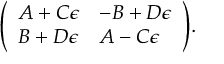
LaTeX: { \left( \begin{array} { l l } { A + C \epsilon } & { - B + D \epsilon } \\ { B + D \epsilon } & { A - C \epsilon } \end{array} \right) } .